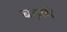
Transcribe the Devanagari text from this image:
बढ़ायें